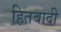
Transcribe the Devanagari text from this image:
हितबादी